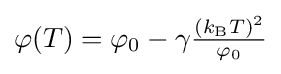
{\textstyle \varphi (T)=\varphi _{0}-\gamma {\frac {(k_{\text{B}}T)^{2}}{\varphi _{0}}}}